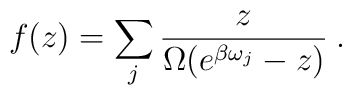
f(z)=\sum_{j}\frac{z}{\Omega(e^{\beta\omega_{j}}-z)}\:.\nonumber